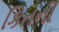
કિતની